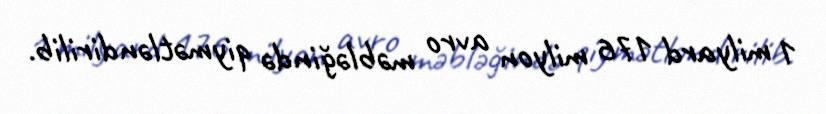
1 milyard 176 milyon avro məbləğində qiymətləndirilib.